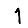
Digit: 1